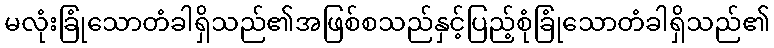
မလုံးခြုံသောတံခါရှိသည်၏အဖြစ်စသည်နှင့်ပြည့်စုံခြုံသောတံခါရှိသည်၏